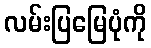
လမ်းပြမြေပုံကို